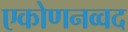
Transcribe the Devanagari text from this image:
एकोणनव्वद